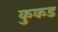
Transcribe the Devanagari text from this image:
कुकड